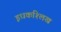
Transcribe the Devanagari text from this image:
इधकश्लिख